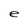
Character: e